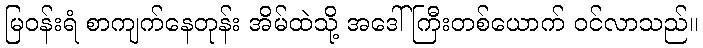
မြဝန်းရံ စာကျက်နေတုန်း အိမ်ထဲသို့ အဒေါ်ကြီးတစ်ယောက် ဝင်လာသည်။